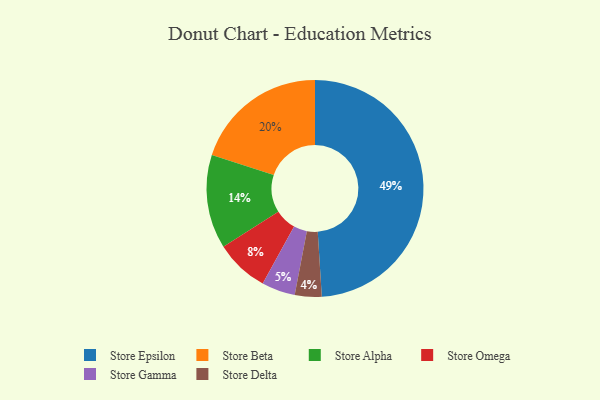
{"axis": {"x": "Category", "y": "Percentage"}, "legend": ["Store Alpha", "Store Beta", "Store Delta", "Store Epsilon", "Store Gamma", "Store Omega"], "data": [{"x": "Store Delta", "y": 4, "type": "Store Delta"}, {"x": "Store Gamma", "y": 5, "type": "Store Gamma"}, {"x": "Store Alpha", "y": 14, "type": "Store Alpha"}, {"x": "Store Omega", "y": 8, "type": "Store Omega"}, {"x": "Store Epsilon", "y": 49, "type": "Store Epsilon"}, {"x": "Store Beta", "y": 20, "type": "Store Beta"}]}